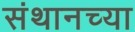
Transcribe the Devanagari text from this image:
संथानच्या